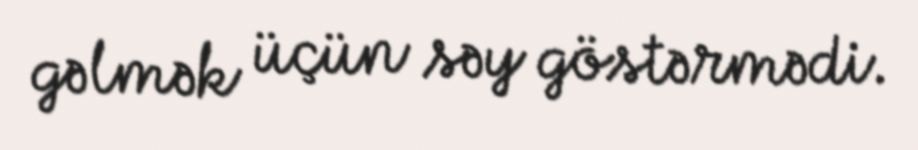
gəlmək üçün səy göstərmədi.